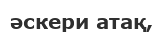
әскери атақ,